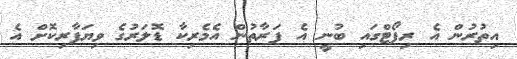
އިތުރުން އެ ރިޕޯޓްގައި ބުނީ އެ ފަރާތުން އެމެރިކާ ޑޮލަރުގެ ވިޔަފާރިކޮށް އެ